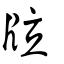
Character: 𤖹